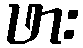
ဖား